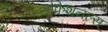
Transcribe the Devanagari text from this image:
प्रोफेशनल्स्